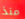
منذ